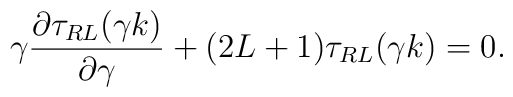
\gamma\frac{{\partial} \tau_{RL}(\gamma k)}{{\partial} \gamma}+(2L+1)\tau_{RL}(\gamma k)=0.